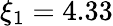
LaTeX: \xi_{1}=4.33